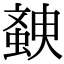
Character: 螤